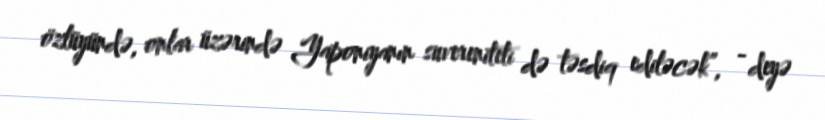
özlüyündə, onlar üzərində Yaponiyanın suvereniteti də təsdiq ediləcək”, - deyə